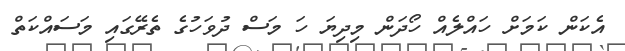
އެކަން ކަމަށް ހައްލެއް ހޯދަން މިދިޔަ ހަ މަސް ދުވަހުގެ ތެރޭގައި މަސައްކަތް